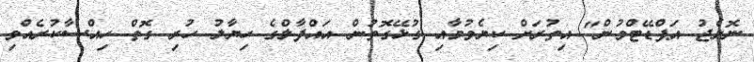
ނޮލެޖު އަޕްޑޭޓްވުން" އިތުރަށް ކިޔެވުމާއި ގުޅޭގޮތުން އައްފާލްގެ ހިޔާލު ހުރި ގޮތް ހިއްސާކުރެއްވި